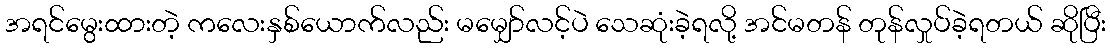
အရင်မွေးထားတဲ့ ကလေးနှစ်ယောက်လည်း မမျှော်လင့်ပဲ သေဆုံးခဲ့ရလို့ အင်မတန် တုန်လှုပ်ခဲ့ရတယ် ဆိုပြီး